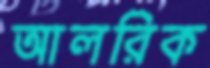
আলরিক